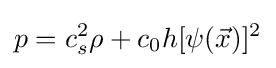
p=c_{s}^{2}\rho +c_{0}h[\psi ({\vec {x}})]^{2}\,\!